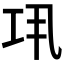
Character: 𢀜